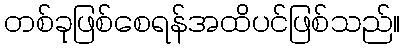
တစ်ခုဖြစ်စေရန်အထိပင်ဖြစ်သည်။